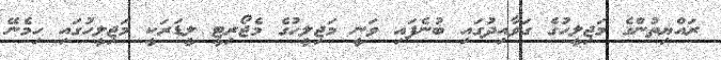
ރައްޔިތުންގެ މަޖިލީހުގެ ގަވާއިދުގައި ބުނެފައި ވަނީ މަޖިލީހުގެ މެޖޯރިޓީ ލީޑަރަކީ މަޖިލީހުގައި ހިމެނޭ